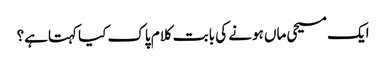
﻿ ایک مسیحی ماں ہونے کی بابت کلام پاک کیا کہتاہے؟